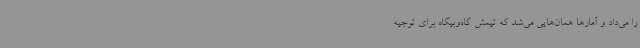
را می‌داد و آمارها همان‌هایی می‌شد که تیمش گاه‌وبیگاه برای توجیه